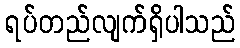
ရပ်တည်လျက်ရှိပါသည်